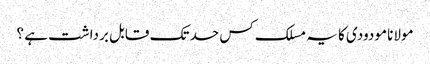
مولانا مودودی کا یہ مسلک کس حد تک قابل برداشت ہے ؟